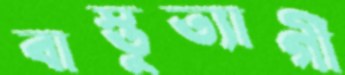
বাস্তুত্যাগী